Statistical return of the lunatic asylum in Assam - 1912-1932
Year: 1912
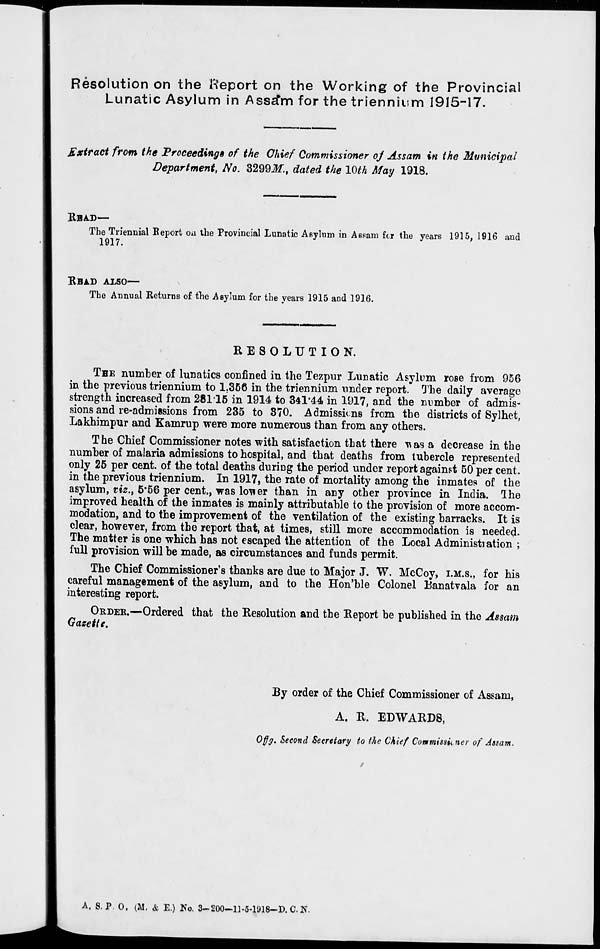
Resolution on the Heport on the Working of the Provincial
Lunatic Asylum in Ass^m for the triennium 1915-17.
Extract from the Proceedings of the Chief Commissioner oj Assam in the Municipal
Department, No. 3299Jf., dated the 10th May 1918.
RBAD—-
The Triennial Beport on the Provincial Lunatic Asylum in Aspam for the years 1915, 1916 and
1917.
RBAD ALSO—
The Annual Returns of the Asylum for the years 1915 and 1916.
RESOLUTION.
THE number of lunatics confined in the Tezpur Lunatic Asylum rose from 956
in the previous triennium to 1.366 in the triennium under report. The daily average
strength increased from 28115 in 1914 to 34l'44 in 1917, and the number of admis-
sions and re-admissions from 235 to 370. Admissions from tbe districts of Sylhet,
Lakhimpur and Kamrup were more numerous than from any others.
The Chief Commissioner notes with satisfaction that there ^as a decrease in the
number of malaria admissions to hospital, and that deaths from tubercle represented
only 25 per cent, of the total deaths during the period under report against 50 per cent,
in the previous triennium. In 1917, the rate of mortality among the inmates of the
asylum, viz., 5*56 per cent., was lcwer than in any other province in India. Ihe
improved health of the inmates is mainly attributable to the provision of more accom-
modation, and to the improvement of the ventilation of the existing barracks. It is
clear, however, from the report that, at times, still more accommodation is needed.
The matter is one which has not escaped the attention of the Local Administration ;
full provision will be made, as circumstances and funds permit.
The Chief Commissioner's thanks are due to Major J. W. McCoy, I.M.S., for his
careful management of the asylum, and to the Hon'ble Colonel Banatvala for an
interesting report.
ORDER.—Ordered that the Resolution and the Report be published in the Assam
Gazette.
By order of the Chief Commissioner of Assam,
A. R. EDWARD8,
Offff. Second Secretary to the Chief Commissioner of Assam.
A. S. P. 0. (M. & E.) No. 3-200—1]-5-1U18-D.C.N.